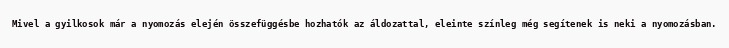
Mivel a gyilkosok már a nyomozás elején összefüggésbe hozhatók az áldozattal, eleinte színleg még segítenek is neki a nyomozásban.